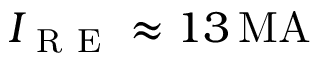
I _ { \mathrm { ~ R ~ E ~ } } \approx 1 3 \ensuremath { \, \mathrm { M A } }